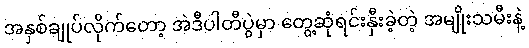
အနှစ်ချုပ်လိုက်တော့ အဲဒီပါတီပွဲမှာ တွေ့ဆုံရင်းနှီးခဲ့တဲ့ အမျိုးသမီးနဲ့